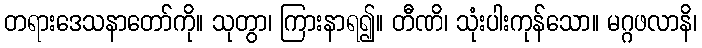
တရားဒေသနာတော်ကို။ သုတွာ၊ ကြားနာရ၍။ တီဏိ၊ သုံးပါးကုန်သော။ မဂ္ဂဖလာနိ၊